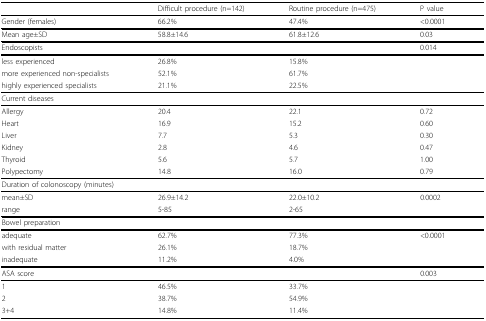
|  | Difficult procedure (n=142) | Routine procedure (n=475) | P value |
 | --- | --- | --- | --- |
 | Gender (females) | 66.2% | 47.4% | <0.0001 |
 | Mean age±SD | 58.8±14.6 | 61.8±12.6 | 0.03 |
 | Endoscopists |  |  | 0.014 |
 | less experienced | 26.8% | 15.8% |  |
 | more experienced non-specialists | 52.1% | 61.7% |  |
 | highly experienced specialists | 21.1% | 22.5% |  |
 | Current diseases |  |  |  |
 | Allergy | 20.4 | 22.1 | 0.72 |
 | Heart | 16.9 | 15.2 | 0.60 |
 | Liver | 7.7 | 5.3 | 0.30 |
 | Kidney | 2.8 | 4.6 | 0.47 |
 | Thyroid | 5.6 | 5.7 | 1.00 |
 | Polypectomy | 14.8 | 16.0 | 0.79 |
 | Duration of colonoscopy (minutes) |  |  |  |
 | mean±SD | 26.9±14.2 | 22.0±10.2 | 0.0002 |
 | range | 5-85 | 2-65 |  |
 | Bowel preparation |  |  |  |
 | adequate | 62.7% | 77.3% | <0.0001 |
 | with residual matter | 26.1% | 18.7% |  |
 | inadequate | 11.2% | 4.0% |  |
 | ASA score |  |  | 0.003 |
 | 1 | 46.5% | 33.7% |  |
 | 2 | 38.7% | 54.9% |  |
 | 3+4 | 14.8% | 11.4% |  |